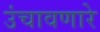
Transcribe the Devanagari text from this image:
उंचावणारे